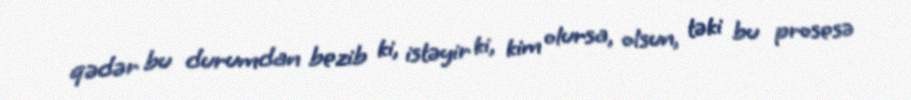
qədər bu durumdan bezib ki, istəyir ki, kim olursa, olsun, təki bu prosesə